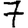
Digit: 7